Report on the working of the mental hospitals for Indians in Bihar and Orissa - 1925-1929
Year: 1925
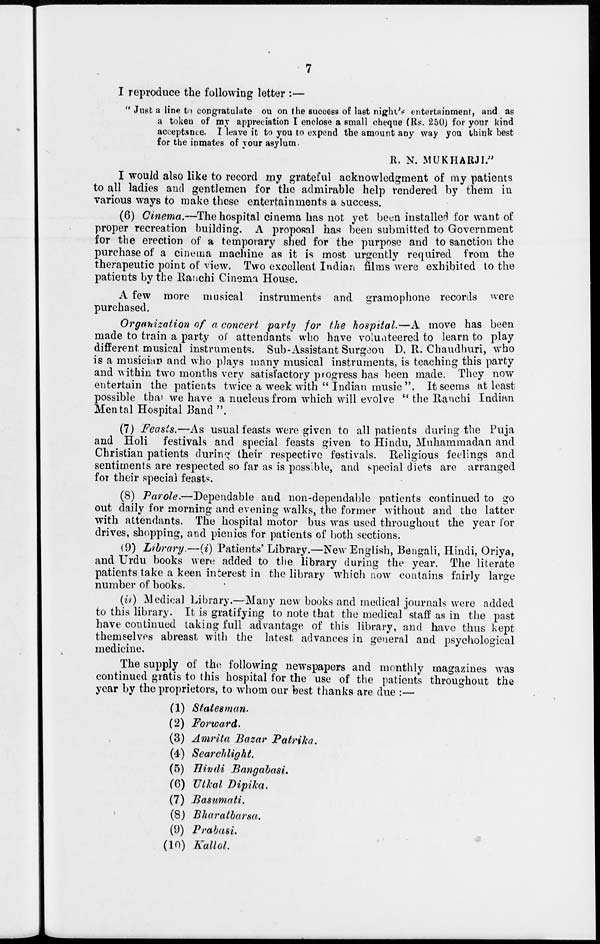
7
I reproduce the following letter :—
" Just a line to congratulate out on the success of last night's entertainment, and as
a token of my appreciation I enclose a small cheque (Rs. 250) for your kind
acceptance. I leave it to you to expend the amount any way you think best
for the inmates of your asylum.
R. N. MUKHARJI."
I would also like to record my grateful acknowledgment of my patients
to all ladies and gentlemen for the admirable help rendered by them in
various ways to make these entertainments a success.
(6) Cinema.—The hospital cinema has not yet been installed for want of
proper recreation building. A proposal has been submitted to Government
for the erection of a temporary shed for the purpose and to sanction the
purchase of a cinema machine as it is most urgently required from the
therapeutic point of view. Two excellent Indian films were exhibited to the
patients by the Ranchi Cinema House.
A few more musical instruments and gramophone records were
purchased.
Organization of a concert party for the hospital.—A move has been
made to train a party of attendants who have volunteered to learn to play
different musical instruments. Sub-Assistant Surgeon D. R. Chaudhuri, who
is a musician and who plays many musical instruments, is teaching this party
and within two months very satisfactory progress has been made. They now
entertain the patients twice a week with " Indian music ". It seems at least
possible that we have a nucleus from which will evolve " the Ranchi Indian
Mental Hospital Band ".
(7) Feasts.—As usual feasts were given to all patients during the Puja
and Holi festivals and special feasts given to Hindu, Muhammadan and
Christian patients during their respective festivals. Religious feelings and
sentiments are respected so far as is possible, and special diets are arranged
for their special feasts.
(8) Parole.—Dependable and non-dependable patients continued to go
out daily for morning and evening walks, the former without and the latter
with attendants. The hospital motor bus was used throughout the year for
drives, shopping, and picnics for patients of both sections.
(9) Library.—(i) Patients' Library.—New English, Bengali, Hindi, Oriya,
and Urdu books were added to the library during the year. The literate
patients take a keen interest in the library which now contains fairly large
number of books.
(ii) Medical Library.—Many new books and medical journals were added
to this library. It is gratifying to note that the medical staff as in the past
have continued taking full advantage of this library, and have thus kept
themselves abreast with the latest advances in general and psychological
medicine.
The supply of the following newspapers and monthly magazines was
continued gratis to this hospital for the use of the patients throughout the
year by the proprietors, to whom our best thanks are due :—
(1) Statesman.
(2) Forward.
(3) Amrita Bazar Patrika.
(4) Searchlight.
(5) Hindi Bangabasi.
(6) Utkal Dipika.
(7) Basumati.
(8) Bharatbarsa.
(9) Prabasi.
(10) Kallol.